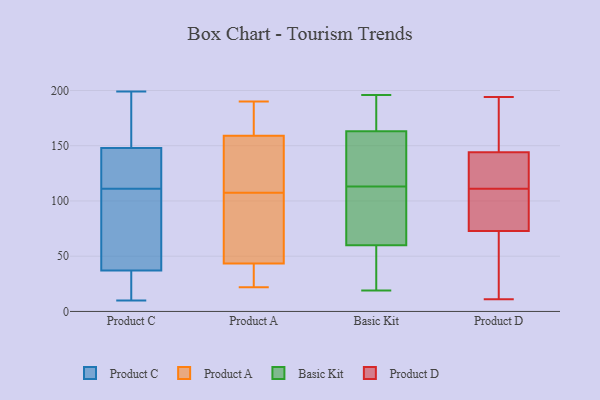
{"axis": {"x": "Revenue (USD Million)", "y": "Value"}, "legend": ["Basic Kit", "Product A", "Product C", "Product D"], "data": [{"x": "", "y": 36, "type": "Product C"}, {"x": "", "y": 108, "type": "Product C"}, {"x": "", "y": 136, "type": "Product C"}, {"x": "", "y": 176, "type": "Product C"}, {"x": "", "y": 26, "type": "Product C"}, {"x": "", "y": 11, "type": "Product C"}, {"x": "", "y": 149, "type": "Product C"}, {"x": "", "y": 38, "type": "Product C"}, {"x": "", "y": 133, "type": "Product C"}, {"x": "", "y": 114, "type": "Product C"}, {"x": "", "y": 56, "type": "Product C"}, {"x": "", "y": 10, "type": "Product C"}, {"x": "", "y": 24, "type": "Product C"}, {"x": "", "y": 105, "type": "Product C"}, {"x": "", "y": 199, "type": "Product C"}, {"x": "", "y": 77, "type": "Product C"}, {"x": "", "y": 145, "type": "Product C"}, {"x": "", "y": 180, "type": "Product C"}, {"x": "", "y": 174, "type": "Product C"}, {"x": "", "y": 147, "type": "Product C"}, {"x": "", "y": 22, "type": "Product A"}, {"x": "", "y": 134, "type": "Product A"}, {"x": "", "y": 63, "type": "Product A"}, {"x": "", "y": 163, "type": "Product A"}, {"x": "", "y": 37, "type": "Product A"}, {"x": "", "y": 46, "type": "Product A"}, {"x": "", "y": 190, "type": "Product A"}, {"x": "", "y": 129, "type": "Product A"}, {"x": "", "y": 155, "type": "Product A"}, {"x": "", "y": 41, "type": "Product A"}, {"x": "", "y": 180, "type": "Product A"}, {"x": "", "y": 86, "type": "Product A"}, {"x": "", "y": 171, "type": "Product A"}, {"x": "", "y": 140, "type": "Product A"}, {"x": "", "y": 38, "type": "Product A"}, {"x": "", "y": 62, "type": "Product A"}, {"x": "", "y": 64, "type": "Basic Kit"}, {"x": "", "y": 156, "type": "Basic Kit"}, {"x": "", "y": 19, "type": "Basic Kit"}, {"x": "", "y": 106, "type": "Basic Kit"}, {"x": "", "y": 120, "type": "Basic Kit"}, {"x": "", "y": 169, "type": "Basic Kit"}, {"x": "", "y": 35, "type": "Basic Kit"}, {"x": "", "y": 187, "type": "Basic Kit"}, {"x": "", "y": 20, "type": "Basic Kit"}, {"x": "", "y": 145, "type": "Basic Kit"}, {"x": "", "y": 196, "type": "Basic Kit"}, {"x": "", "y": 70, "type": "Basic Kit"}, {"x": "", "y": 163, "type": "Basic Kit"}, {"x": "", "y": 60, "type": "Basic Kit"}, {"x": "", "y": 183, "type": "Product D"}, {"x": "", "y": 194, "type": "Product D"}, {"x": "", "y": 133, "type": "Product D"}, {"x": "", "y": 111, "type": "Product D"}, {"x": "", "y": 26, "type": "Product D"}, {"x": "", "y": 142, "type": "Product D"}, {"x": "", "y": 21, "type": "Product D"}, {"x": "", "y": 93, "type": "Product D"}, {"x": "", "y": 98, "type": "Product D"}, {"x": "", "y": 150, "type": "Product D"}, {"x": "", "y": 33, "type": "Product D"}, {"x": "", "y": 140, "type": "Product D"}, {"x": "", "y": 127, "type": "Product D"}, {"x": "", "y": 11, "type": "Product D"}, {"x": "", "y": 98, "type": "Product D"}, {"x": "", "y": 190, "type": "Product D"}, {"x": "", "y": 86, "type": "Product D"}]}